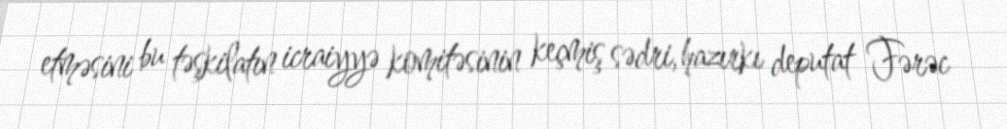
etməsini bu təşkilatın icraiyyə komitəsinin keçmiş sədri, hazırkı deputat Fərəc